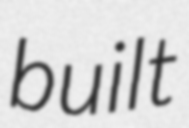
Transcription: built